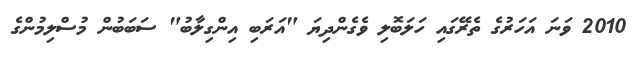
2010 ވަނަ އަހަރުގެ ތެރޭގައި ހަލަބޮލި ވެގެންދިޔަ "އަރަބި އިންގިލާބު" ސަބަބުން މުސްލިމުންގެ